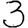
Digit: 3